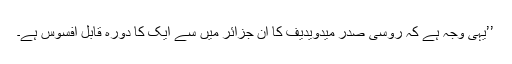
’’یہی وجہ ہے کہ روسی صدر میدویدیف کا ان جزائر میں سے ایک کا دورہ قابل افسوس ہے۔